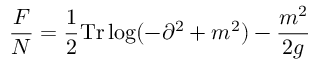
\frac { { \cal F } } { N } = \frac { 1 } { 2 } \mathrm { T r } \log ( - \partial ^ { 2 } + m ^ { 2 } ) - \frac { m ^ { 2 } } { 2 g }